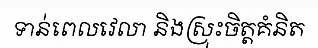
ទាន់ពេលវេលា និងស្រុះចិត្តគំនិត